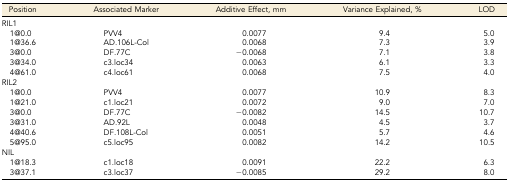
<table><thead><tr><td><b>Position</b></td><td><b>Associated Marker</b></td><td><b>Additive Effect, mm</b></td><td><b>Variance Explained, %</b></td><td><b>LOD</b></td></tr></thead><tbody><tr><td>RIL1</td><td></td><td></td><td></td><td></td></tr><tr><td> 1@0.0</td><td>PVV4</td><td>0.0077</td><td>9.4</td><td>5.0</td></tr><tr><td> 1@36.6</td><td>AD.106L-Col</td><td>0.0068</td><td>7.3</td><td>3.9</td></tr><tr><td> 3@0.0</td><td>DF.77C</td><td>−0.0068</td><td>7.1</td><td>3.8</td></tr><tr><td> 3@34.0</td><td>c3.loc34</td><td>0.0063</td><td>6.1</td><td>3.3</td></tr><tr><td> 4@61.0</td><td>c4.loc61</td><td>0.0068</td><td>7.5</td><td>4.0</td></tr><tr><td>RIL2</td><td></td><td></td><td></td><td></td></tr><tr><td> 1@0.0</td><td>PVV4</td><td>0.0077</td><td>10.9</td><td>8.3</td></tr><tr><td> 1@21.0</td><td>c1.loc21</td><td>0.0072</td><td>9.0</td><td>7.0</td></tr><tr><td> 3@0.0</td><td>DF.77C</td><td>−0.0082</td><td>14.5</td><td>10.7</td></tr><tr><td> 3@31.0</td><td>AD.92L</td><td>0.0048</td><td>4.5</td><td>3.7</td></tr><tr><td> 4@40.6</td><td>DF.108L-Col</td><td>0.0051</td><td>5.7</td><td>4.6</td></tr><tr><td> 5@95.0</td><td>c5.loc95</td><td>0.0082</td><td>14.2</td><td>10.5</td></tr><tr><td>NIL</td><td></td><td></td><td></td><td></td></tr><tr><td> 1@18.3</td><td>c1.loc18</td><td>0.0091</td><td>22.2</td><td>6.3</td></tr><tr><td> 3@37.1</td><td>c3.loc37</td><td>−0.0085</td><td>29.2</td><td>8.0</td></tr></tbody></table>